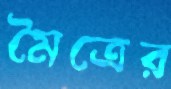
মৈত্রের